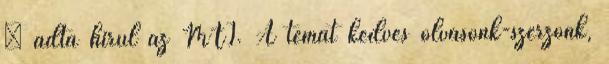
– adta hírül az MTI. A témát kedves olvasónk-szerzőnk,